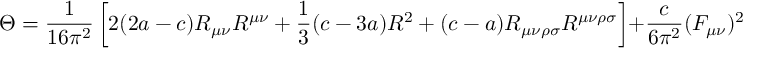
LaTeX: \Theta = { \frac { 1 } { 1 6 \pi ^ { 2 } } } \left[ 2 ( 2 a - c ) R _ { \mu \nu } R ^ { \mu \nu } + { \frac { 1 } { 3 } } ( c - 3 a ) R ^ { 2 } + ( c - a ) R _ { \mu \nu \rho \sigma } R ^ { \mu \nu \rho \sigma } \right] + { \frac { c } { 6 \pi ^ { 2 } } } ( F _ { \mu \nu } ) ^ { 2 } .